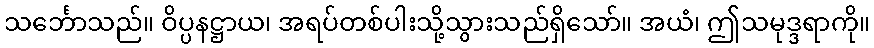
သင်္ဘောသည်။ ဝိပ္ပနဋ္ဌာယ၊ အရပ်တစ်ပါးသို့သွားသည်ရှိသော်။ အယံ၊ ဤသမုဒ္ဒရာကို။